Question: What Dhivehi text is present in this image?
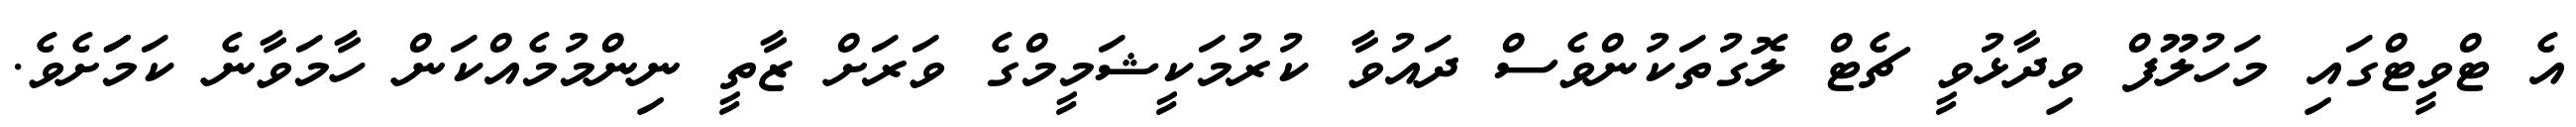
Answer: އެ ޓްވީޓްގައި މަހުލޫފް ވިދާޅުވީ ޗެޓް ލޮގުތަކުންވެސް ދައުވާ ކުރުމަކީޝަމީމްގެ ވަރަށް ޒާތީ ނިންމުމެއްކަން ހާމަވާނެ ކަމަަަަށެވެ.